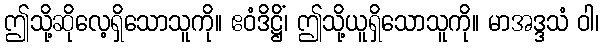
ဤသို့ဆိုလေ့ရှိသောသူကို။ ဧဝံဒိဋ္ဌိံ၊ ဤသို့ယူရှိသောသူကို။ မာအဒ္ဒသံ ဝါ၊